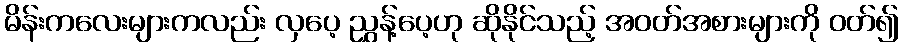
မိန်းကလေးများကလည်း လှပေ့ ညွှန့်ပေ့ဟု ဆိုနိုင်သည့် အဝတ်အစားများကို ဝတ်၍